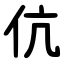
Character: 伉